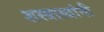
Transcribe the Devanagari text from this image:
शस्त्रास्त्रांनी